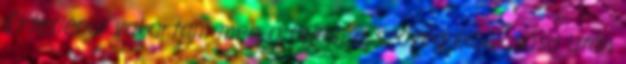
Értetlenül vakartam meg a fejem a szöveg elolvasása után